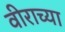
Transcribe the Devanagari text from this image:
वीराच्या